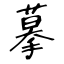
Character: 摹